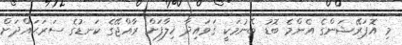
މި އޮޕަރޭޝަންގެ އެންމެ ބޮޑު ބޭނުމަކީ ޤަވައިދާ ޚިލާފަށް ރާއްޖޭގެ ކަނޑުގެ ސަރަޙައްދަށް